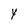
Character: Y